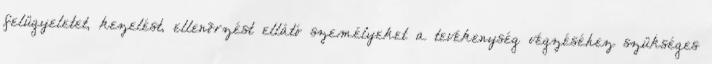
felügyeletet, kezelést, ellenõrzést ellátó személyeket a tevékenység végzéséhez szükséges